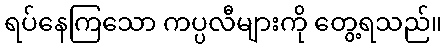
ရပ်နေကြသော ကပ္ပလီများကို တွေ့ရသည်။